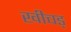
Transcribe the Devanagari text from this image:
खीचड्